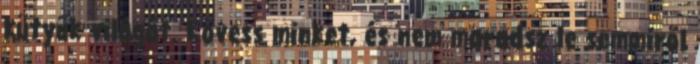
kütyük világát. Kövess minket, és nem maradsz le semmiről